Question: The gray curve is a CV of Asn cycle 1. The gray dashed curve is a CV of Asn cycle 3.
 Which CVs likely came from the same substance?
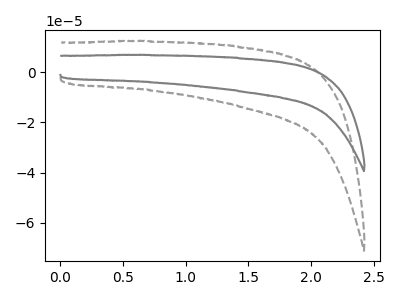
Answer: <think>The gray curve "Asn cycle 1" has no peaks. The gray dashed curve "Asn cycle 3" has no peaks.
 Neither "Asn cycle 1" or "Asn cycle 3" have any peaks.</think>
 <answer>"Asn cycle 3" and "Asn cycle 1" have the same shape and are likely CV's of the same chemical.</answer>
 <eval>"Asn cycle 3" "Asn cycle 1"</eval>